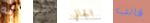
به بهذ الجاني قالب